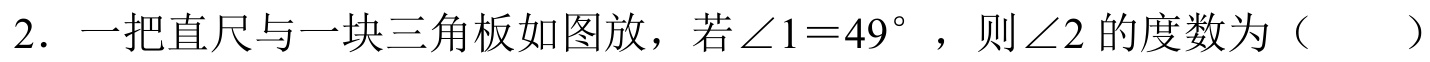
2. 一把直尺与一块三角板如图放，若$\angle 1 = 49^{\circ}$，则$\angle 2$的度数为（  ）